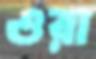
ওরা